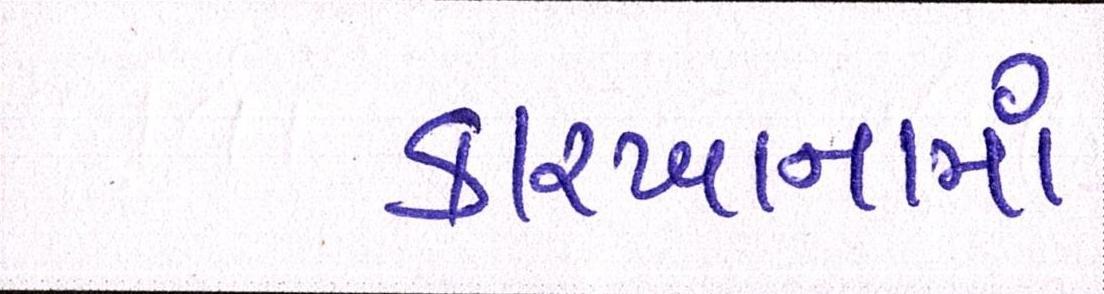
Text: કારખાનામાં